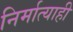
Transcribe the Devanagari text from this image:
निर्मात्याही